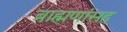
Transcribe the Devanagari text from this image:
ब्राह्मणांसह